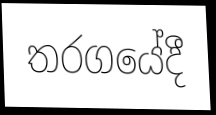
තරගයේදී